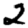
Digit: 2